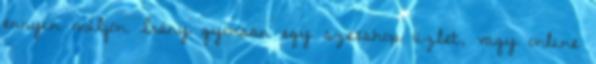
ennyin múljon Irány gyorsan egy szexshop üzlet, vagy online